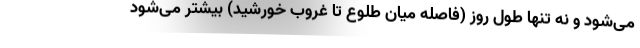
می‌شود و نه تنها طول روز (فاصله میان طلوع تا غروب خورشید) بیشتر می‌شود